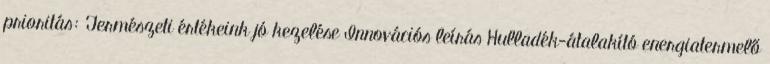
prioritás: Természeti értékeink jó kezelése Innovációs leírás Hulladék-átalakító energiatermelő